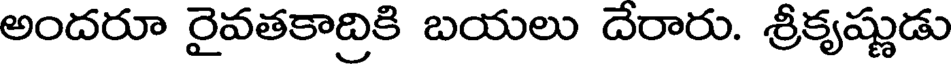
అందరూ రైవతకాద్రికి బయలు దేరారు. శ్రీకృష్ణుడు